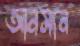
আনসান